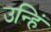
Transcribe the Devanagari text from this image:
उन्हिं